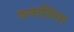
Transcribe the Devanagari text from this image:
कनासिया